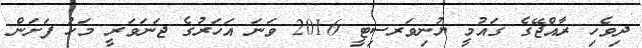
ދިވެހި ރާއްޖޭގެ ގައުމީ ޔުނިވަރސިޓީ 2016 ވަނަ އަހަރުގެ ޖަނަވަރީ މަހު ފަށަން